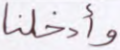
وأدخلنا